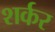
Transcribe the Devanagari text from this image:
शर्कर